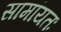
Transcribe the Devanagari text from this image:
सामांयतः